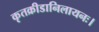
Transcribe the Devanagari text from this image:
कृतक्रीडानिलायनः।